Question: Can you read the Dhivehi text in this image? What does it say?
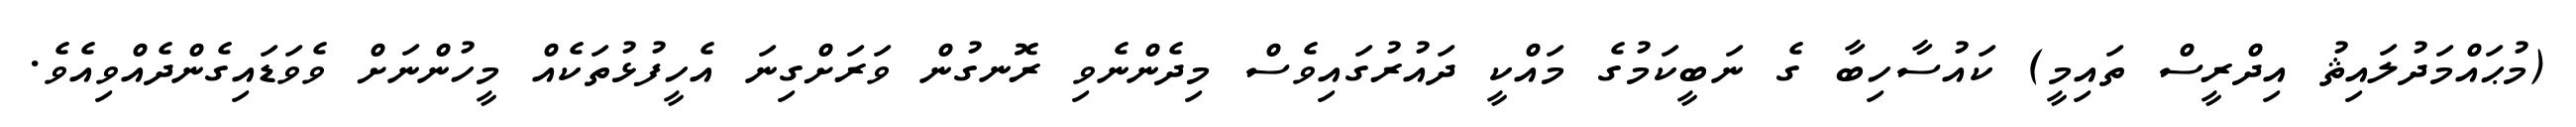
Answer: (މުޙައްމަދުލައިޘު އިދްރީސް ތައިމީ) ކައުސާހިބާ ގެ ނަބީކަމުގެ މައްކީ ދައުރުގައިވެސް މިދެންނެވި ރޮނގުން ވަރަށްގިނަ އެހީފުޅުތަކެއް މީހުންނަށް ވެވަޑައިގެންދެއްވިއެވެ.